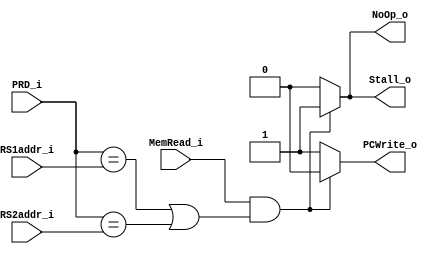
module Hazard_Detection
(
    MemRead_i,
    PRD_i,
    RS1addr_i,
    RS2addr_i,
    Stall_o,
    PCWrite_o,
    NoOp_o
);

input MemRead_i;
input [4:0] PRD_i,RS1addr_i,RS2addr_i;

output NoOp_o,Stall_o,PCWrite_o;

reg PCWrite_r,Stall_r,NoOp_r;
assign PCWrite_o=PCWrite_r,Stall_o=Stall_r,NoOp_o=NoOp_r;



always @ (*) begin
    if (MemRead_i && ((PRD_i==RS1addr_i) || (PRD_i==RS2addr_i))) begin
        NoOp_r=1'b1;
        Stall_r=1'b1;
        PCWrite_r=1'b0;
    end
    else begin
        NoOp_r=1'b0;
        Stall_r=1'b0;
        PCWrite_r=1'b1;
    end
end
endmodule